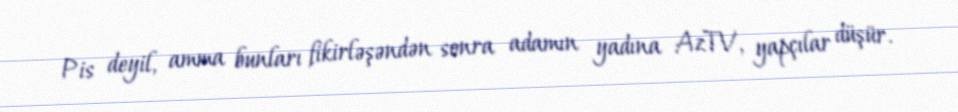
Pis deyil, amma bunları fikirləşəndən sonra adamın yadına AzTV, yapçılar düşür.